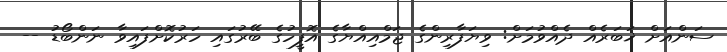
ސަންއަށް ޚަބަރެއް ދެއްވުމަށް: ވިޔަފާރިންގެ ޖަމްއިއްޔާގެ އޮފީހުގެ ބޭރުގައި ހަރުކޮށްފައިވާ ނަންބޯޑު --